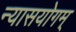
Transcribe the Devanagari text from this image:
न्यासयोगम्